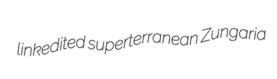
linkedited superterranean Zungaria